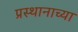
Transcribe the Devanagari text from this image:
प्रस्थानाच्या